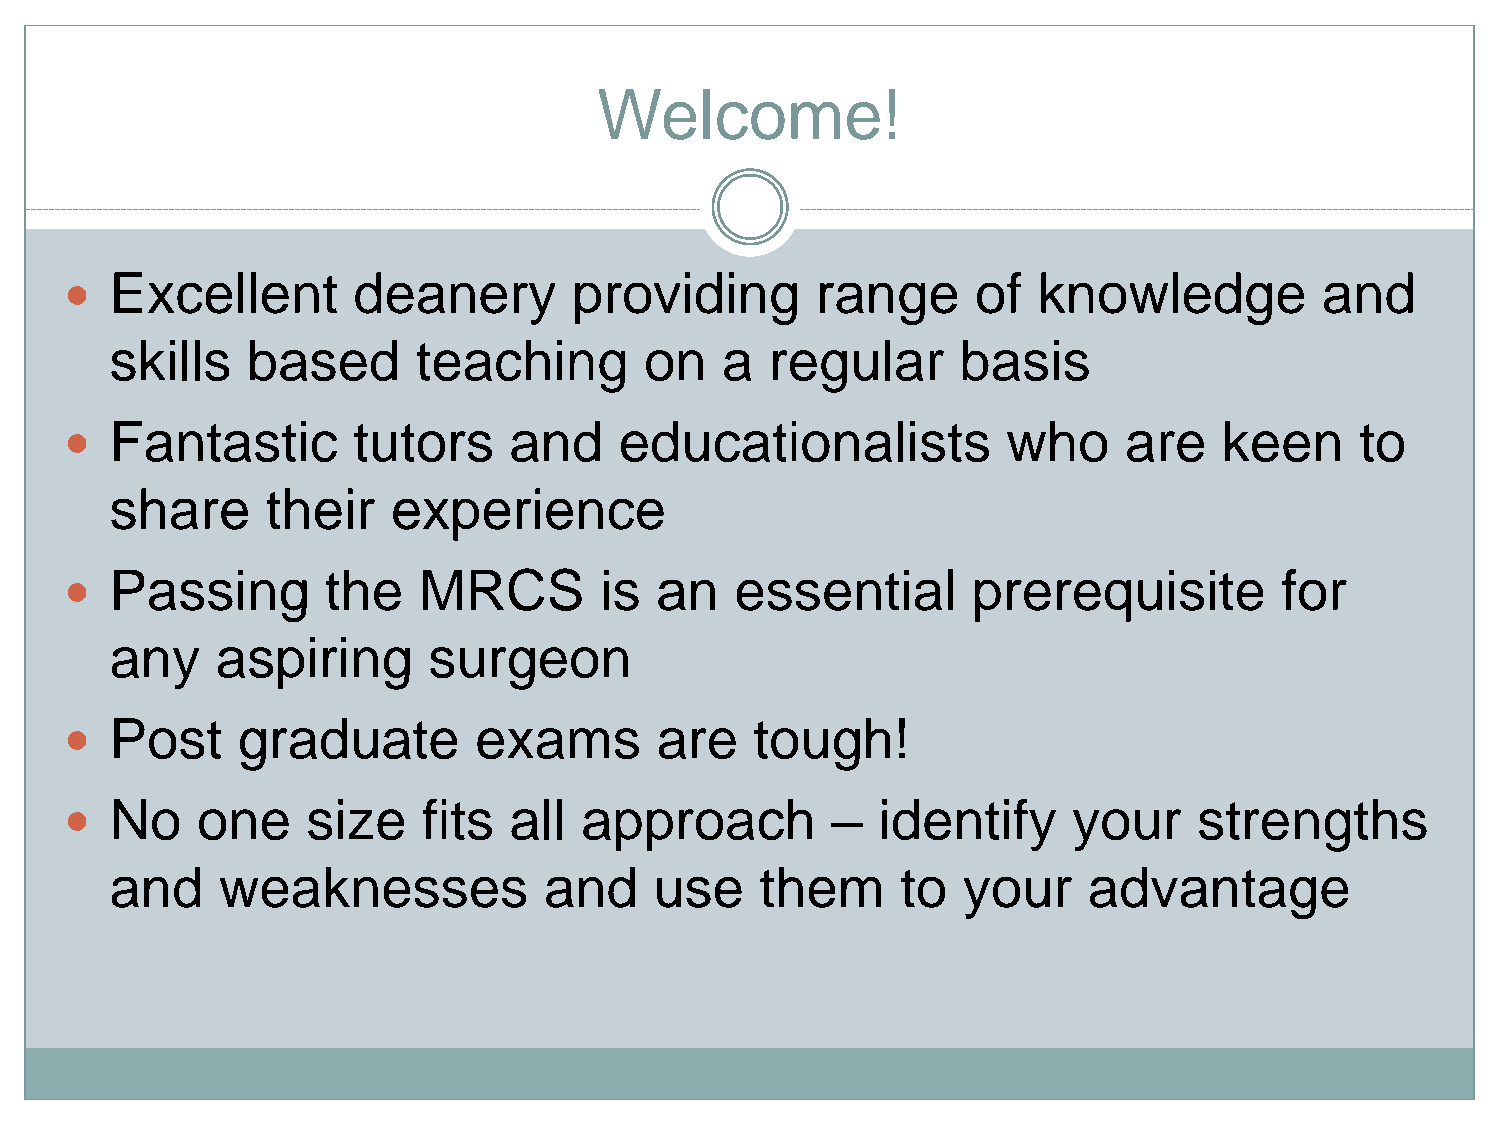
Welcome!
 Excellent       deanery        providing       range      of  knowledge          and
 
 skills   based       teaching       on   a  regular      basis
 Fantastic       tutors     and    educationalists           who    are    keen     to
 
 share      their   experience
 Passing        the   MRCS        is an    essential      prerequisite         for
 
 any    aspiring      surgeon
 Post     graduate       exams       are    tough!
 
 No    one    size    fits  all approach         –  identify     your    strengths
 
 and    weaknesses            and    use    them      to  your    advantage